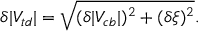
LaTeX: \delta | V _ { t d } | = \sqrt { ( \delta | V _ { c b } | ) ^ { 2 } + ( \delta \xi ) ^ { 2 } } .